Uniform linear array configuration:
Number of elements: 24
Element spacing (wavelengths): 0.5
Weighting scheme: binomial
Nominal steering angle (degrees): -45
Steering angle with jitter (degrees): -45.479
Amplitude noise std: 0.05
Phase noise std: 0.05

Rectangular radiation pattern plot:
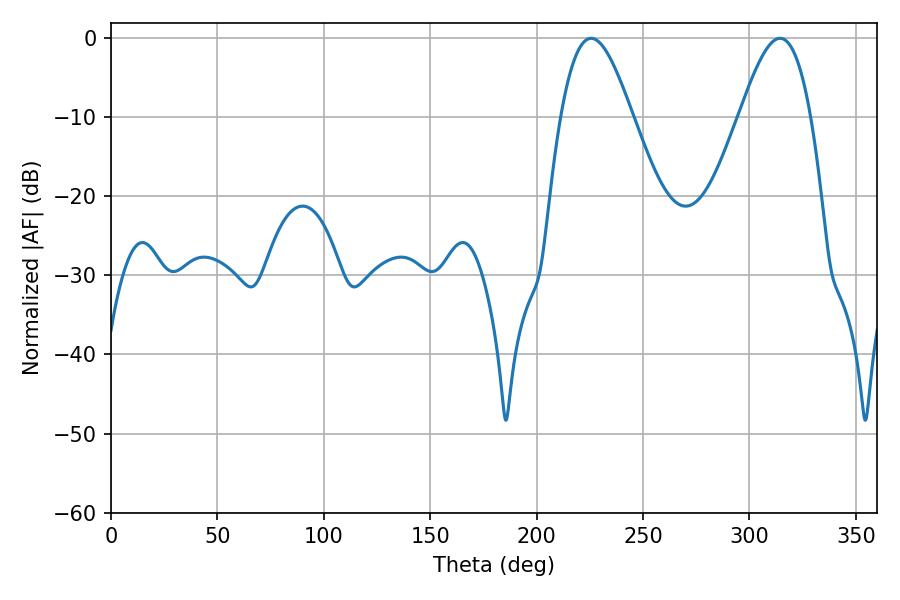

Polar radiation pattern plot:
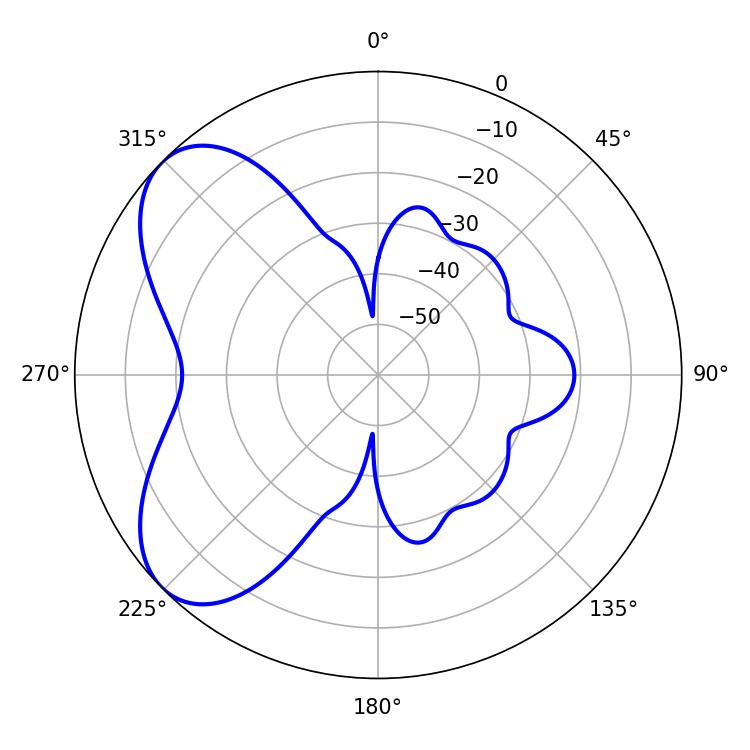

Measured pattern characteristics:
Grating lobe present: FALSE
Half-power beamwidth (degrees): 18
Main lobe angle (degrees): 225.54